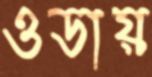
ওডায়